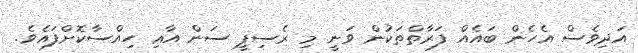
އަދިވެސް އެހެން ބައެއް ފަރާތްތަކުން ވަނީ މި ރެސިޕީ ސަން އާޢި ހިއްސާކޮށްފައެވެ.